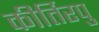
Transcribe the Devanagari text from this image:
कीर्तिरपु